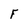
Character: F